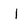
Character: I